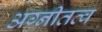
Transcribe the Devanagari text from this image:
अग्नीतत्व